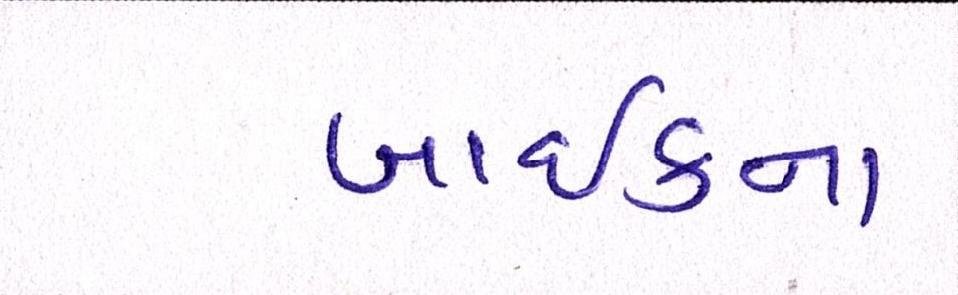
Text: બાઈકના